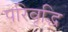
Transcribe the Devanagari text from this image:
परिवृद्धि